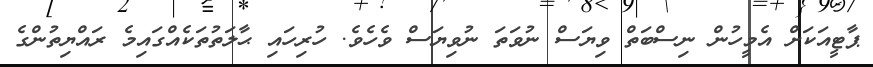
ޕާޓީއަކަށް އެމީހުން ނިސްބަތް ވިޔަސް ނުވަތަ ނުވިޔަސް ވެހެވެ. ހުރިހައި ޙާލަތުތަކެއްގައިމެ ރައްޔިތުންގެ